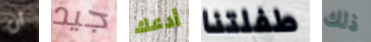
أن جيد أدعك طفلتنا ذلك